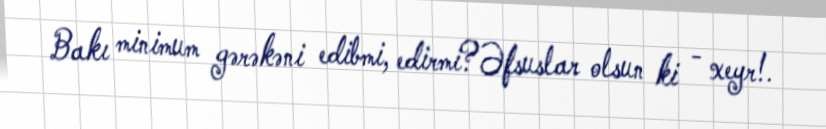
Bakı minimum gərəkəni edibmi, edirmi?Əfsuslar olsun ki - xeyr!.